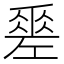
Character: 𢀩